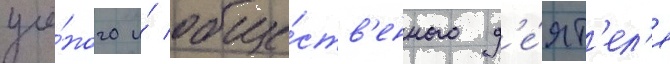
учё́ного и́ обще́ств'енного д'е́ят'ел'я